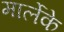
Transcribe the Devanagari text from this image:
मार्लेके